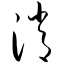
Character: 消